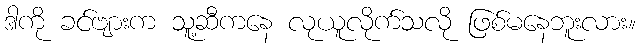
ဒါကို ခင်ဗျားက သူ့ဆီကနေ လုယူလိုက်သလို ဖြစ်မနေဘူးလား။